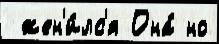
 жен'и́лс'я Она́ но